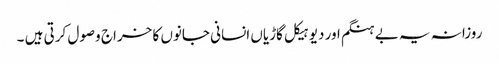
روزانہ یہ بے ہنگم اور دیوہیکل گاڑیاں انسانی جانوں کا خراج وصول کرتی ہیں ۔